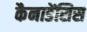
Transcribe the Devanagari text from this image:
कैनाडेंसिस